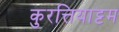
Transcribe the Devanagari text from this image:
कुरत्तियाट्टम